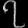
Digit: ၇